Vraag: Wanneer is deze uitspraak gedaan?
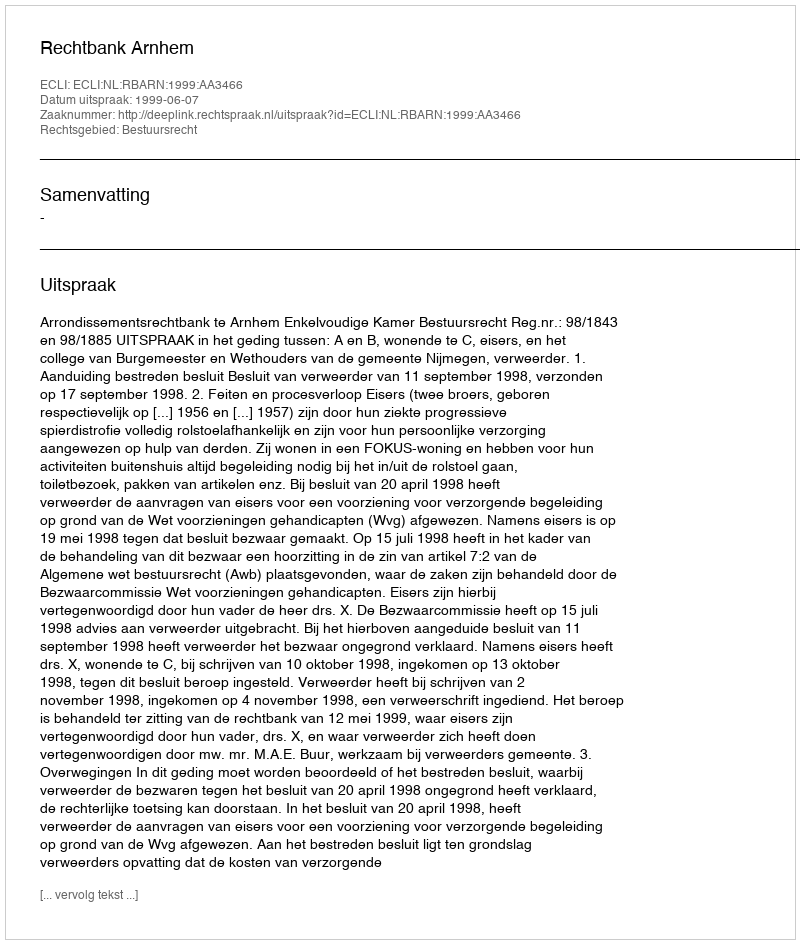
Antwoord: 1999-06-07